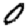
Digit: 0